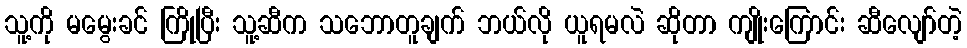
သူ့ကို မမွေးခင် ကြိုပြီး သူ့ဆီက သဘောတူချက် ဘယ်လို ယူရမလဲ ဆိုတာ ကျိုးကြောင်း ဆီလျော်တဲ့